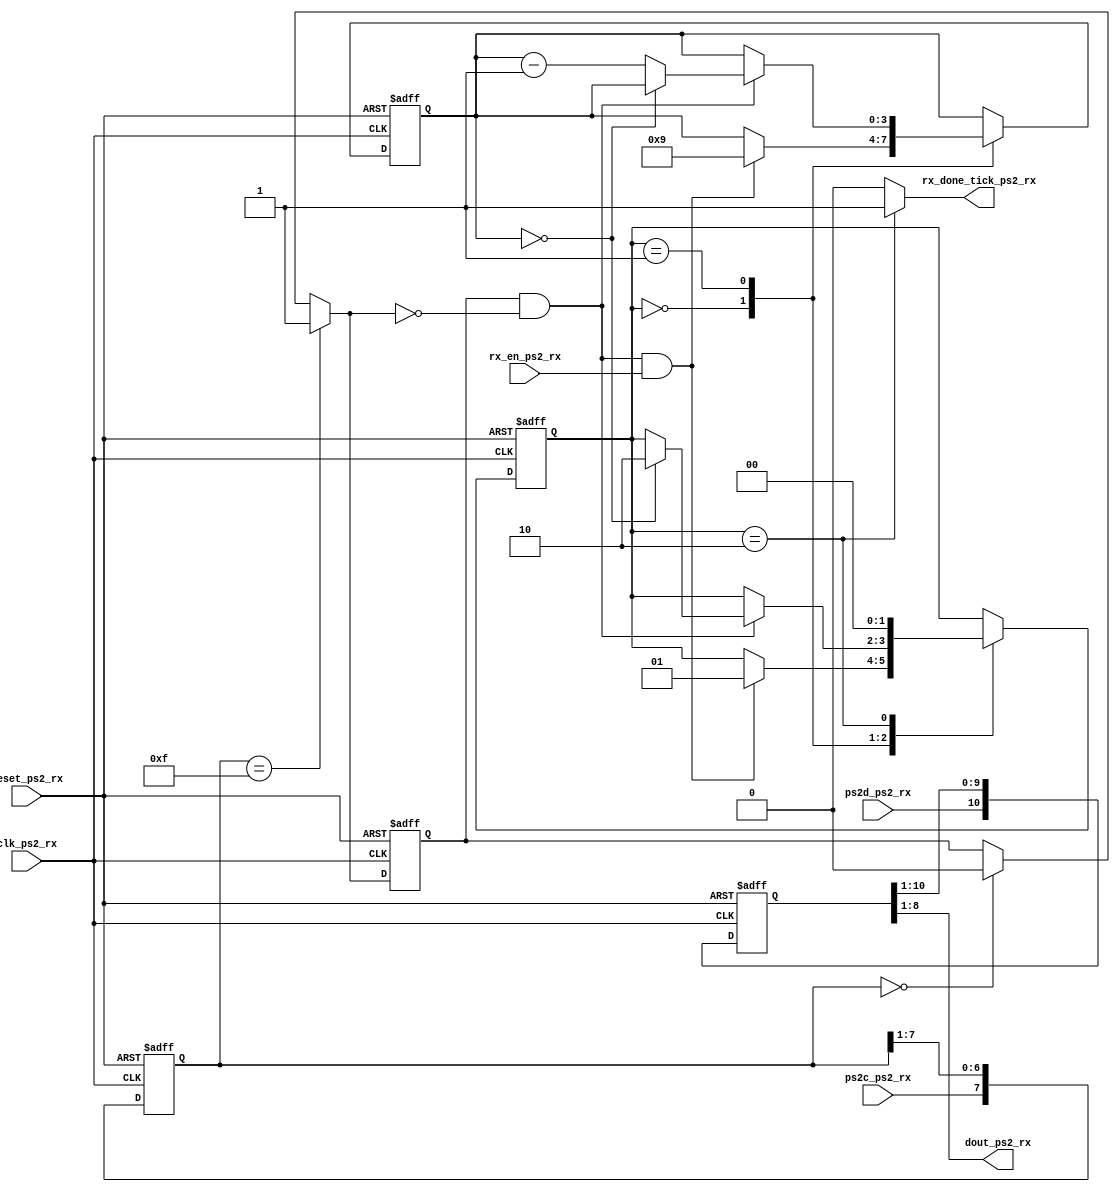
`timescale 1ns / 1ps
//////////////////////////////////////////////////////////////////////////////////
// Company: 
// Engineer: 
// 
// Design Name: 
// Module Name:    Ps2_Tx 
// Project Name: 
// Target Devices: 
// Tool versions: 
// Description: 
//
// Dependencies: 
//
// Revision: 
// Revision 0.01 - File Created
// Additional Comments: 
//
//////////////////////////////////////////////////////////////////////////////////
module Ps2_Rx(
	input wire clk_ps2_rx, reset_ps2_rx,
	input wire ps2d_ps2_rx, ps2c_ps2_rx, rx_en_ps2_rx,
	output reg rx_done_tick_ps2_rx,
	output wire [7:0] dout_ps2_rx
	
    );  
    
// symbol state declaration 
localparam [1:0]
idle_ps2_rx = 2'd0, dps_ps2_rx = 2'd1, load_ps2_rx = 2'd2 ; 

// signal declaration 
reg [1:0] x, xp ; 
reg [7:0] filter_reg ;
wire [7:0] filter_next ;

reg f_ps2c_ps2_rx_reg ; 
wire f_ps2c_ps2_rx_next ; 

reg [3:0] n_reg, n_next;
reg [10:0] b_reg, b_next; 
wire fall_edge ; 

// Cuerpo

always@(posedge clk_ps2_rx, posedge reset_ps2_rx)
	if(reset_ps2_rx)
		begin 
			filter_reg <= 8'b0 ; 
			f_ps2c_ps2_rx_reg <= 1'b0 ;
		end 
	else 
		begin 	
			filter_reg <= filter_next ; 
			f_ps2c_ps2_rx_reg <= f_ps2c_ps2_rx_next ; 
		end 

assign filter_next = {ps2c_ps2_rx, filter_reg[7:1]} ; 
assign f_ps2c_ps2_rx_next = (filter_reg == 8'hf) ? 1'b1 :
							(filter_reg == 8'b0) ? 1'b0 : 
							f_ps2c_ps2_rx_reg ; 

assign fall_edge = f_ps2c_ps2_rx_reg & (~f_ps2c_ps2_rx_next) ; 


// FSMD, state and data registers

always@(posedge clk_ps2_rx, posedge reset_ps2_rx) 
	if(reset_ps2_rx) 
		begin 
			x <= idle_ps2_rx ; 
			n_reg <= 4'b0 ; 
			b_reg <= 11'b0 ; 
		end 
	else 
		begin 
			x <= xp ; 
			n_reg <= n_next ; 
			b_reg <= b_next ; 
		end 
		
// Logica de estado proximo

always@*
	begin 
		xp = x ;
		rx_done_tick_ps2_rx = 1'b0 ; 
		n_next = n_reg ; 
		b_next = {ps2d_ps2_rx, b_reg[10:1]} ; 
			case(x)
				idle_ps2_rx:
						if(fall_edge & rx_en_ps2_rx)
							begin 	// cambia en el start bit
								b_next = {ps2d_ps2_rx, b_reg[10:1]} ;
								n_next = 4'b1001 ; 
								xp = dps_ps2_rx ; 
							end 
				dps_ps2_rx:	// 8 data + 1 parity + 1 stop
						if(fall_edge) 
							begin 
								b_next = {ps2d_ps2_rx, b_reg[10:1]} ; 
									if(n_reg == 1'b0) 
										xp = load_ps2_rx ; 
									else 
										n_next = n_reg-1'b1 ; 
							end 
				load_ps2_rx:	// 1 reloj extra para completar el ultimo cambio 
						begin 
							xp = idle_ps2_rx ;
							rx_done_tick_ps2_rx = 1'b1 ; 
						end 
			endcase 
	end 
	
// Salida 

assign dout_ps2_rx = b_reg[8:1] ; //data bits 


endmodule